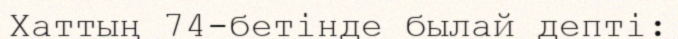
Хаттың 74-бетінде былай депті: